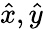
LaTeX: {\hat{x}},{\hat{y}}